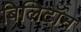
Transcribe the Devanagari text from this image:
बिलिटॉन